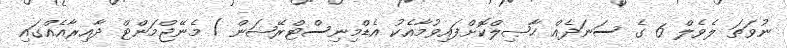
ނުވަތަ ލެވެލް 6 ގެ ސަނަދެއް ޙާޞިލްކޮށްފައިވުމާއެކު އެޑްމިނިސްޓްރޭޝަން / މެނޭޖްމަންޓް ދާއިރާއެއްގައި